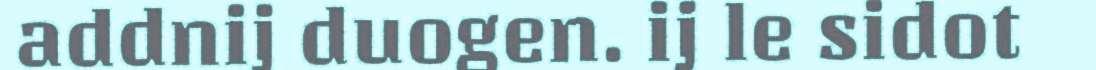
addnij duogen. ij le sidot